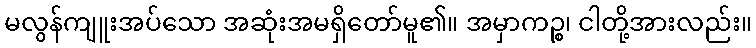
မလွန်ကျူးအပ်သော အဆုံးအမရှိတော်မူ၏။ အမှာကဉ္စ၊ ငါတို့အားလည်း။